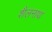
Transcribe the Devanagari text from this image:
शैलनाथ